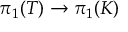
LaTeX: \pi _ { 1 } ( T ) \to \pi _ { 1 } ( K )